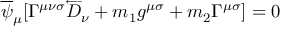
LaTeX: \overline { { { \psi } } } _ { \mu } [ \Gamma ^ { \mu \nu \sigma } \overleftarrow { D } _ { \nu } + m _ { 1 } g ^ { \mu \sigma } + m _ { 2 } \Gamma ^ { \mu \sigma } ] = 0